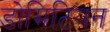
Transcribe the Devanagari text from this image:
डोमिटियन